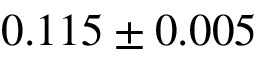
0 . 1 1 5 \pm 0 . 0 0 5